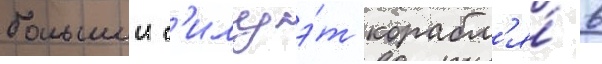
большии с'илуэ́т корабл'я́ в